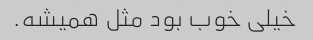
خیلی خوب بود مثل ‌همیشه.